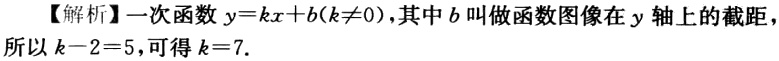
【解析】一次函数\(y = kx + b(k\neq0)\)，其中\(b\)叫做函数图像在\(y\)轴上的截距，
所以\(k - 2 = 5\)，可得\(k = 7\).